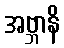
အဗ္ဘာနိ